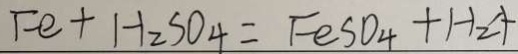
F e + H _ { 2 } S O _ { 4 } = F e S O _ { 4 } + H _ { 2 } \uparrow